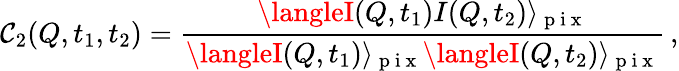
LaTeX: \mathcal{C}_{2}(Q,t_{1},t_{2})=\frac{{\langleI(Q,t_{1})I(Q,t_{2})\rangle_{\mathrm{{~p~i~x~}}}}}{{\langleI(Q,t_{1})\rangle_{\mathrm{{~p~i~x~}}}\langleI(Q,t_{2})\rangle_{\mathrm{{~p~i~x~}}}}}\, ,